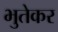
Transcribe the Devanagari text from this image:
भुतेकर